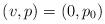
LaTeX: \begin{align*}(v,p)=(0,p_0)\end{align*}